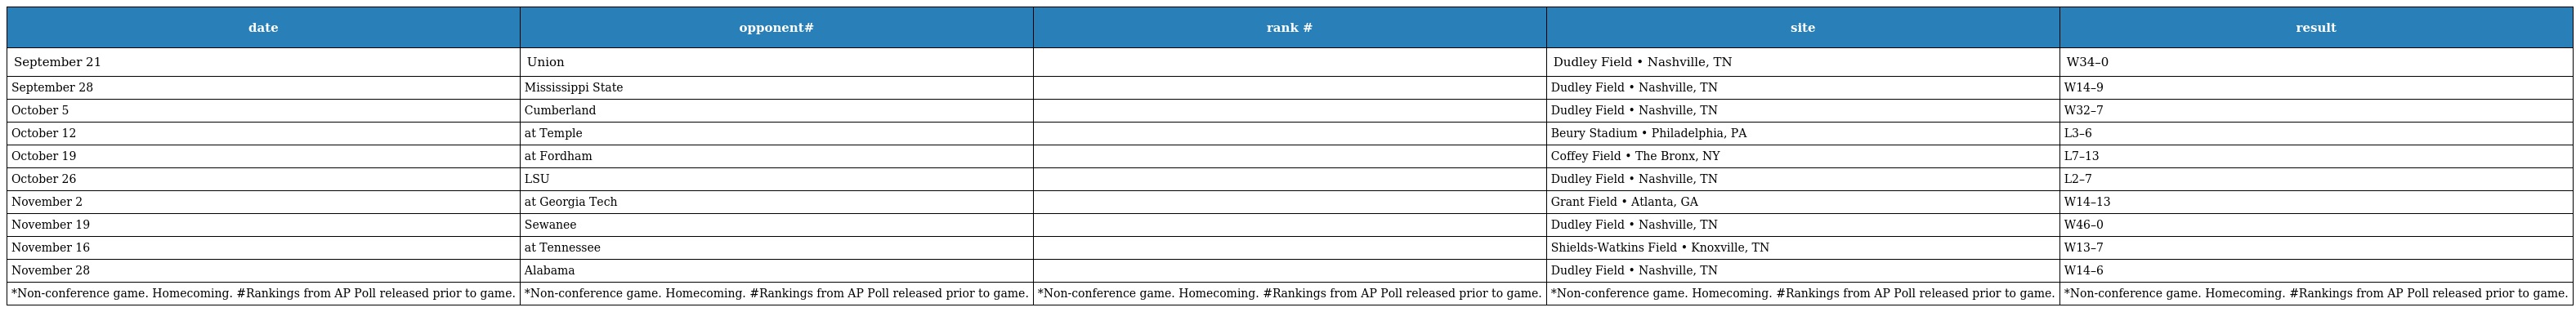
| date | opponent# | rank # | site | result |
 | --- | --- | --- | --- | --- |
 | September 21 | Union |  | Dudley Field • Nashville, TN | W34–0 |
 | September 28 | Mississippi State |  | Dudley Field • Nashville, TN | W14–9 |
 | October 5 | Cumberland |  | Dudley Field • Nashville, TN | W32–7 |
 | October 12 | at Temple |  | Beury Stadium • Philadelphia, PA | L3–6 |
 | October 19 | at Fordham |  | Coffey Field • The Bronx, NY | L7–13 |
 | October 26 | LSU |  | Dudley Field • Nashville, TN | L2–7 |
 | November 2 | at Georgia Tech |  | Grant Field • Atlanta, GA | W14–13 |
 | November 19 | Sewanee |  | Dudley Field • Nashville, TN | W46–0 |
 | November 16 | at Tennessee |  | Shields-Watkins Field • Knoxville, TN | W13–7 |
 | November 28 | Alabama |  | Dudley Field • Nashville, TN | W14–6 |
 | *Non-conference game. Homecoming. #Rankings from AP Poll released prior to game. | *Non-conference game. Homecoming. #Rankings from AP Poll released prior to game. | *Non-conference game. Homecoming. #Rankings from AP Poll released prior to game. | *Non-conference game. Homecoming. #Rankings from AP Poll released prior to game. | *Non-conference game. Homecoming. #Rankings from AP Poll released prior to game. |